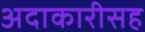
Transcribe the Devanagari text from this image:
अदाकारीसह